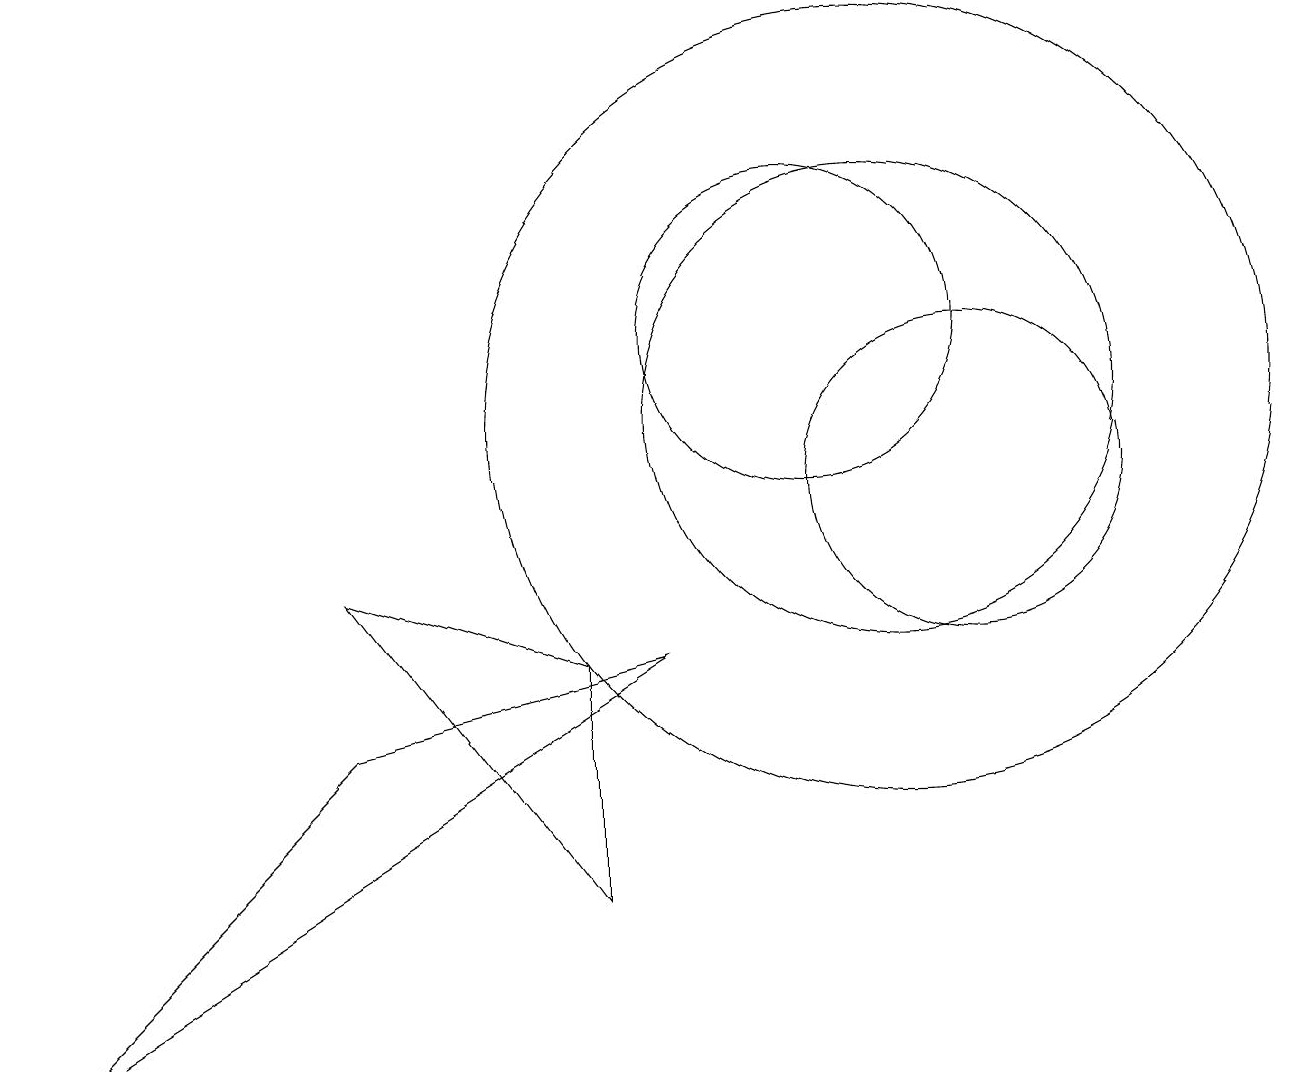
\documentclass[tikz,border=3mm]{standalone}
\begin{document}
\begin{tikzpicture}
\draw (4,7) -- (8,8) -- (0,3) -- cycle;
\draw (12,10) circle (2);
\draw (10,12) circle (2);
\draw (11,11) circle (3);
\draw (11,11) circle (5);
\draw (4,9) -- (7,8) -- (7,5) -- cycle;
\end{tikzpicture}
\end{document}